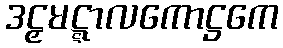
ဒဠှမဋ္ဋာလကောဋ္ဌကေ